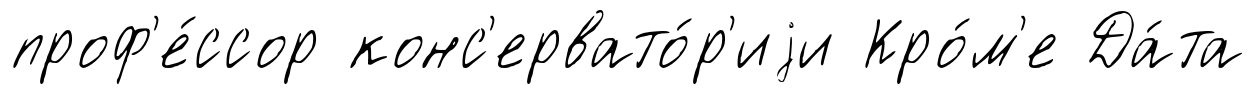
проф'е́ссор конс'ервато́р'иjи Кро́м'е Да́та